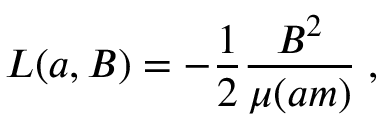
{ \cal L } ( a , B ) = - \frac { 1 } { 2 } \frac { B ^ { 2 } } { \mu ( a m ) } \; ,